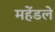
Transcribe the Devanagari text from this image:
महेंडले